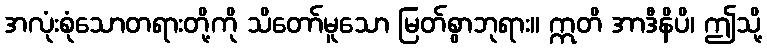
အလုံးစုံသောတရားတို့ကို သိတော်မူသော မြတ်စွာဘုရား။ ဣတိ အာဒီနိပိ၊ ဤသို့